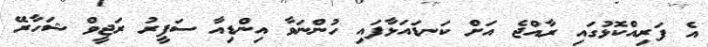
އެ ފަރިއްކޮޅުގައި ރާއްޖެ އަށް ކަނޑައަޅާފައި ހުންނަވާ އިންޑިއާ ސަފީރު ރަޖީވް ޝަހާރޭ